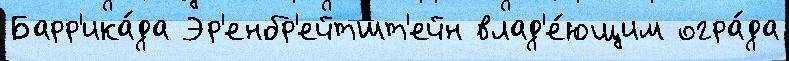
Барр'ика́да Эр'енбр'ейтшт'ейн влад'е́ющим огра́да